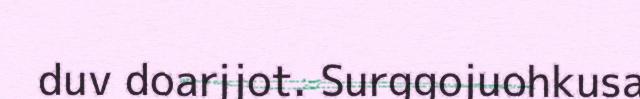
duv doarjjot. Surggojuohkusa